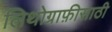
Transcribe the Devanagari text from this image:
लिथोग्राफ़ीसाठी